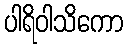
ပါရိဝါသိကော